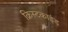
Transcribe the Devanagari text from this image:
क्रिस्टकाइंड